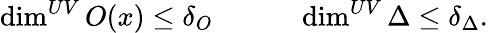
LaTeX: \dim^{UV}O(x)\leq\delta_{O}\qquad\quad\dim^{UV}\Delta\leq\delta_{\Delta}.